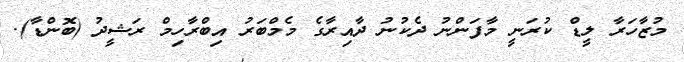
މުޒާހަރާ ލީޑް ކުރަނީ މާފަންނު ދެކުނު ދާއިރާގެ މެމްބަރު އިބްރާހިމް ރަޝީދު (ބޮންޑާ).